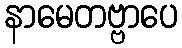
နာမေတဗ္ဗာပေ